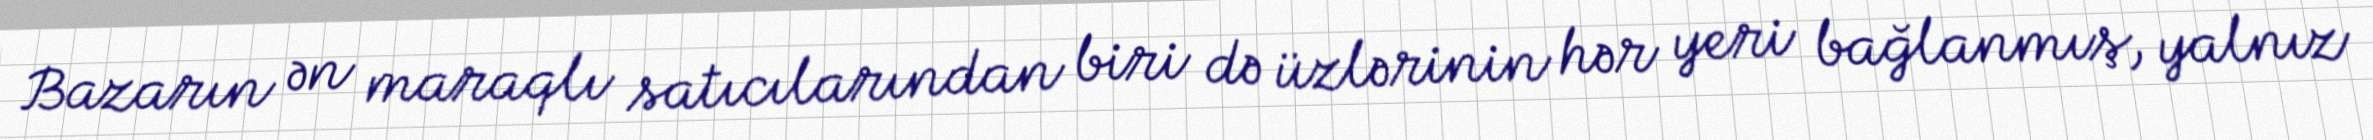
Bazarın ən maraqlı satıcılarından biri də üzlərinin hər yeri bağlanmış, yalnız